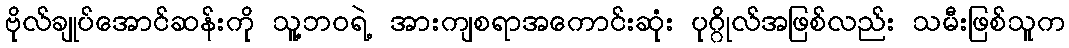
ဗိုလ်ချုပ်အောင်ဆန်းကို သူ့ဘဝရဲ့ အားကျစရာအကောင်းဆုံး ပုဂ္ဂိုလ်အဖြစ်လည်း သမီးဖြစ်သူက